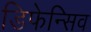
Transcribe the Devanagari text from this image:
डिफेन्सिव